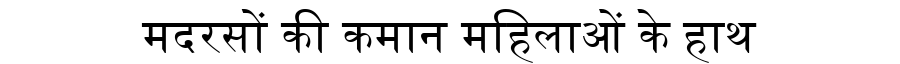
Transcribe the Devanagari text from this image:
मदरसों की कमान महिलाओं के हाथ